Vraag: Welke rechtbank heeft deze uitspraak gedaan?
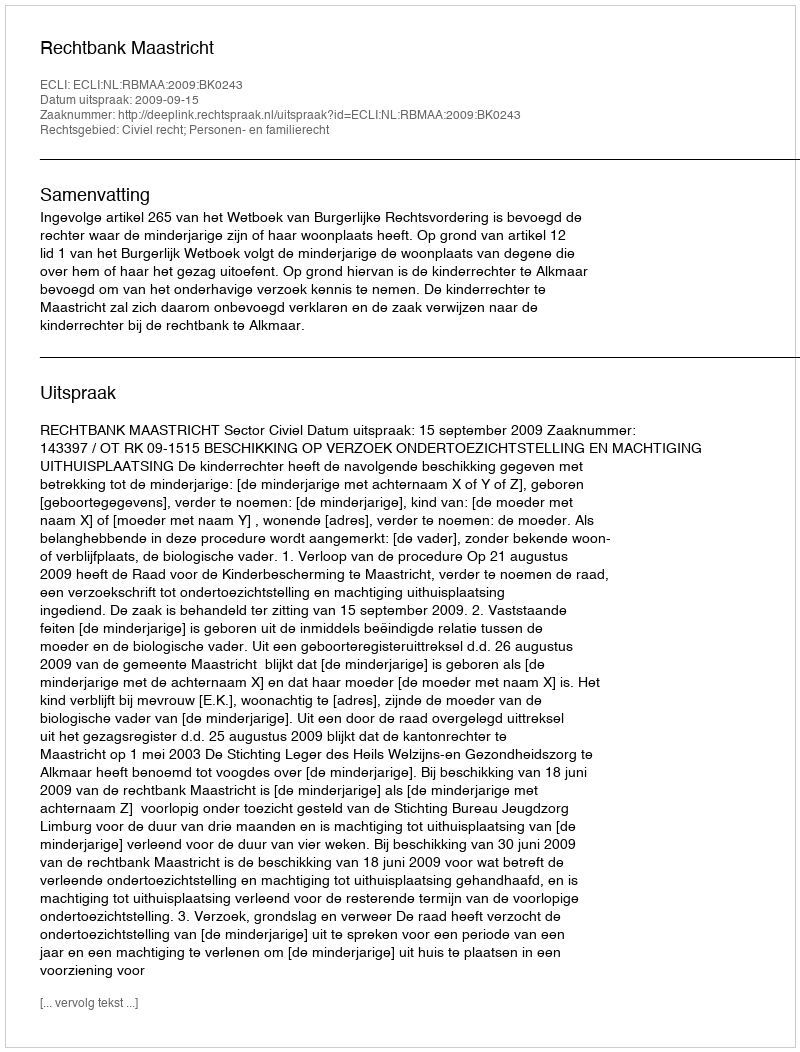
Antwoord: Rechtbank Maastricht